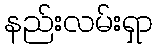
နည်းလမ်းရှာ